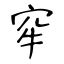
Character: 窂